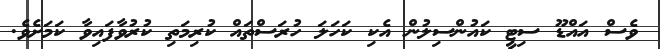
ވެސް އައްޑޫ ސިޓީ ކައުންސިލުން އެކި ކަހަލަ ހުރަސްތައް ކުރިމަތި ކުރުވާފައިވާ ކަމަށެވެ.